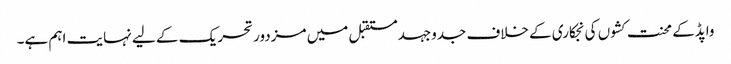
واپڈکے محنت کشوں کی نجکاری کے خلاف جدوجہدمستقبل میں مزدور تحریک کے لیے نہایت اہم ہے۔